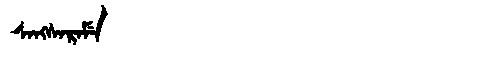
Manchu: ᠰᠠᠩᠰᠠᡵᠠᠮᡝ
Romanization: SANGSARAME